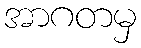
အာဂတမှ